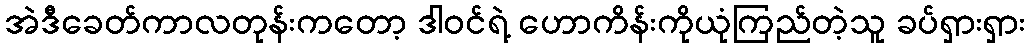
အဲဒီခေတ်ကာလတုန်းကတော့ ဒါဝင်ရဲ့ ဟောကိန်းကိုယုံကြည်တဲ့သူ ခပ်ရှားရှား